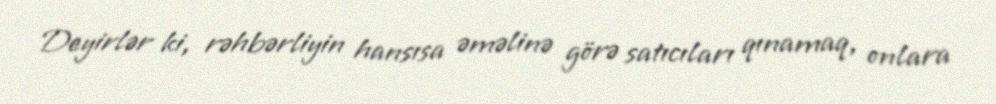
Deyirlər ki, rəhbərliyin hansısa əməlinə görə satıcıları qınamaq, onlara